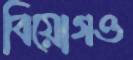
বিয়োগও